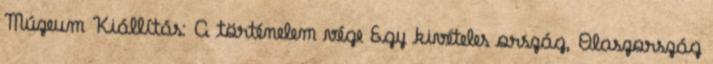
Múzeum Kiállítás: A történelem vége Egy kivételes ország, Olaszország